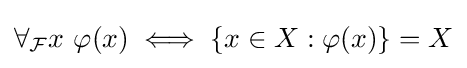
\forall _{\mathcal {F}}x\ \varphi (x)\iff \{x\in X:\varphi (x)\}=X